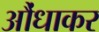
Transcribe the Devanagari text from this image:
औंधाकर